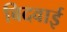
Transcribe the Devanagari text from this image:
बिदवाई